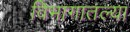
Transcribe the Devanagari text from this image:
विभागातल्या